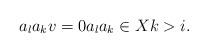
LaTeX: \begin{align*}a_la_kv=0a_la_k\in Xk>i.\end{align*}